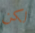
لكن